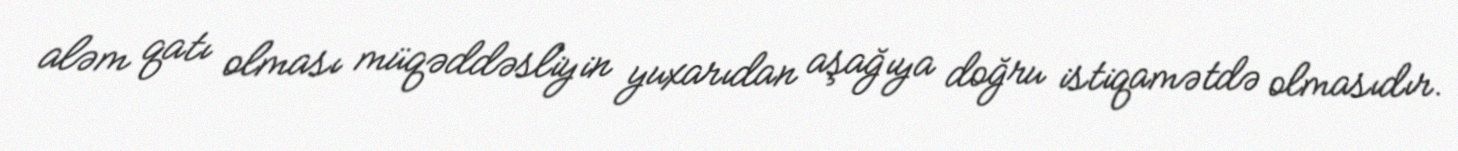
aləm qatı olması müqəddəsliyin yuxarıdan aşağıya doğru istiqamətdə olmasıdır.